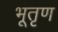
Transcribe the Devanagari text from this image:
भूतृण